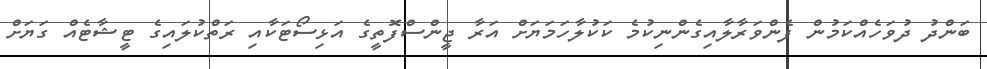
ބަންދު ދުވަހެއްކަމުން ފެންވަރާލާއިގެންނިކުމެ ކަކުލާހަމަޔަށް އަރާ ޖީންސްފޮތީގެ އަޅިސޯޓަކާއި ރަތްކުލައިގެ ޓީޝާޓެއް ގަޔަށް